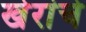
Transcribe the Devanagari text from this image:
खेरांचे